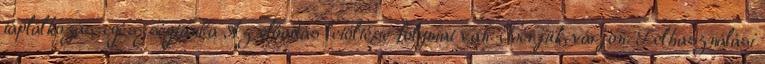
táplálkozás-egészségtanba Az előadás letöltése folymat van. Kérjük, várjon. Felhasználási